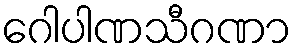
ဂေါပါဏသီဂဏာ